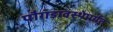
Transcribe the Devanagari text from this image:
पौगंडावस्थेपर्यंत